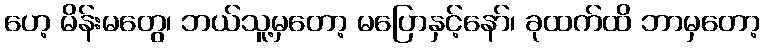
ဟေ့ မိန်းမတွေ၊ ဘယ်သူ့မှတော့ မပြောနှင့်နော်၊ ခုထက်ထိ ဘာမှတော့